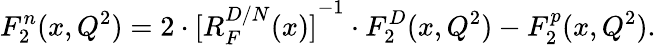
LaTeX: F_{2}^{n}(x,Q^{2})=2\cdot{[R_{F}^{D/N}(x)]}^{-1}\cdot F_{2}^{D}(x,Q^{2})-F_{2}^{p}(x,Q^{2}).